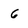
Character: 6